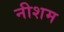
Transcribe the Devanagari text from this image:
नीशम